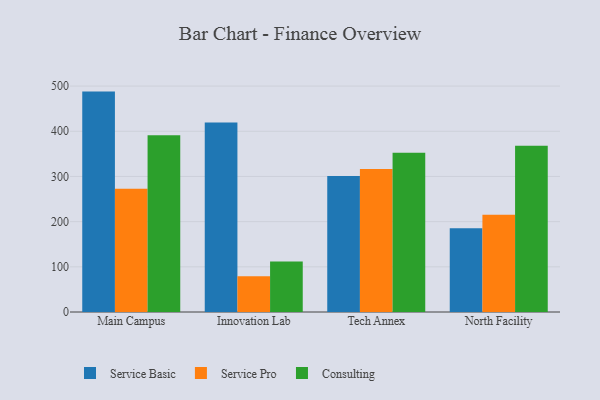
{"axis": {"x": "Campus", "y": "Conversion Rate (%)"}, "legend": ["Consulting", "Service Basic", "Service Pro"], "data": [{"x": "Main Campus", "y": 487.8, "type": "Service Basic"}, {"x": "Main Campus", "y": 272.6, "type": "Service Pro"}, {"x": "Main Campus", "y": 391.2, "type": "Consulting"}, {"x": "Innovation Lab", "y": 419.3, "type": "Service Basic"}, {"x": "Innovation Lab", "y": 79.3, "type": "Service Pro"}, {"x": "Innovation Lab", "y": 111.7, "type": "Consulting"}, {"x": "Tech Annex", "y": 300.9, "type": "Service Basic"}, {"x": "Tech Annex", "y": 316.5, "type": "Service Pro"}, {"x": "Tech Annex", "y": 352.6, "type": "Consulting"}, {"x": "North Facility", "y": 185.6, "type": "Service Basic"}, {"x": "North Facility", "y": 215.4, "type": "Service Pro"}, {"x": "North Facility", "y": 368.2, "type": "Consulting"}]}